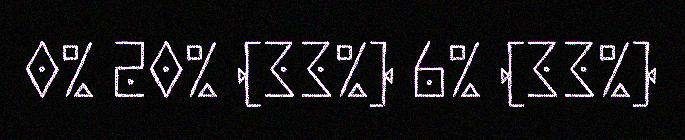
0% 20% (33%) 6% (33%)